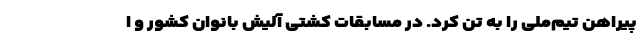
پیراهن تیم‌ملی را به تن کرد. در مسابقات کشتی آلیش بانوان کشور و ا